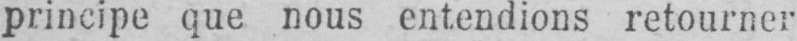
principe que nous entendions retourner